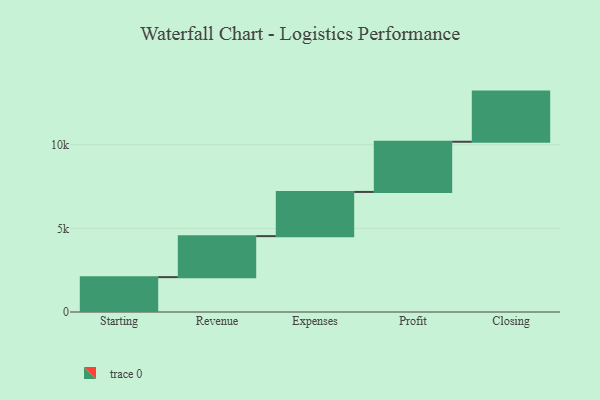
{"axis": {"x": "Step", "y": "Value"}, "legend": [""], "data": [{"x": "Starting", "y": 2085.0, "type": ""}, {"x": "Revenue", "y": 2452.0, "type": ""}, {"x": "Expenses", "y": 2644.0, "type": ""}, {"x": "Profit", "y": 3000, "type": ""}, {"x": "Closing", "y": 3000, "type": ""}]}